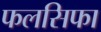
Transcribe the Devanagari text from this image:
फलसिफा